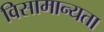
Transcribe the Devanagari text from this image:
विसामान्यता